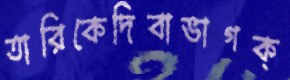
তারিকেদিবাভাগক্